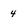
Character: 4